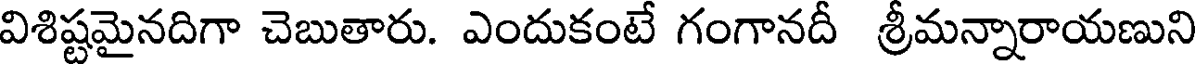
విశిష్టమైనదిగా చెబుతారు. ఎందుకంటే గంగానదీ శ్రీమన్నారాయణుని